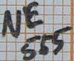
Text: NE555